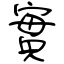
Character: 實